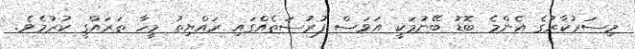
މިސަރުކާރުގެ އެންމެ ބޮޑު ބޭނުމަކީ އަވަސް ފުރުސަތެއްގައި ރައްޔިތު މީހާ ތަރައްގީ ކުރުމެވެ.